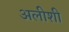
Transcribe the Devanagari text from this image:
अलीशी